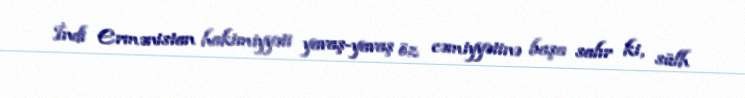
İndi Ermənistan hakimiyyəti yavaş-yavaş öz cəmiyyətinə başa salır ki, sülh